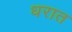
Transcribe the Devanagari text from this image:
धरात